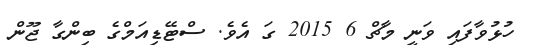
ހުޅުވާފައި ވަނީ މާޗް 6 2015 ގަ އެވެ. ސްޓޭޑިއަމްގެ ބިންގާ ޖޫން